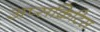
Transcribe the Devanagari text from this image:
अप्सक्रिटिस